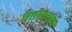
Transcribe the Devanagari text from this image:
रिलीज़रहित